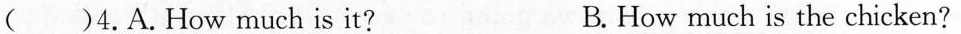
( )4.A.How much is it? B. How much is the chicken?